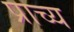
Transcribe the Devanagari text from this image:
प्राच्‍य